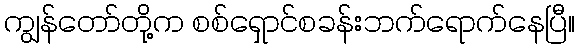
ကျွန်တော်တို့က စစ်ရှောင်စခန်းဘက်ရောက်နေပြီ။